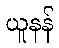
ယူနန်